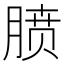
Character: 𪱥